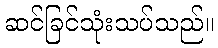
ဆင်ခြင်သုံးသပ်သည်။